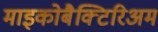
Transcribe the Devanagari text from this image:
माइकोबैक्टिरिअम